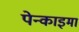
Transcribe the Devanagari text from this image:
पेन्काइमा